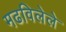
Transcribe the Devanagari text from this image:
मढविलेले